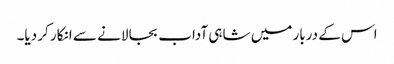
اس کے دربار میں شاہی آداب بجا لانے سے انکار کر دیا۔